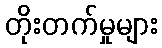
တိုးတက်မှုများ